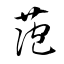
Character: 萢